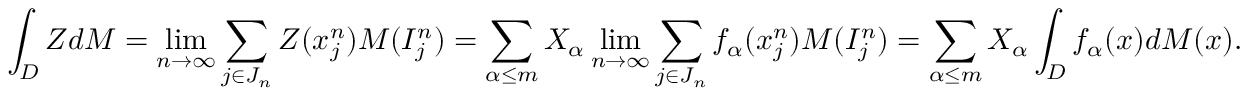
\int _ { D } Z d M = \operatorname* { l i m } _ { n \to \infty } \sum _ { j \in J _ { n } } Z ( x _ { j } ^ { n } ) M ( I _ { j } ^ { n } ) = \sum _ { \alpha \leq m } X _ { \alpha } \operatorname* { l i m } _ { n \to \infty } \sum _ { j \in J _ { n } } f _ { \alpha } ( x _ { j } ^ { n } ) M ( I _ { j } ^ { n } ) = \sum _ { \alpha \leq m } X _ { \alpha } \int _ { D } f _ { \alpha } ( x ) d M ( x ) .